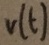
Text: V(t)